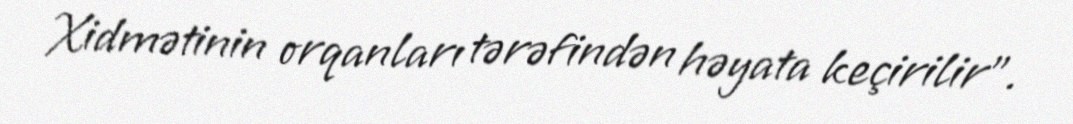
Xidmətinin orqanları tərəfindən həyata keçirilir”.